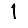
Digit: 1